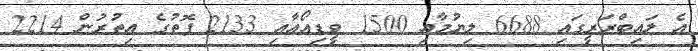
އެ ލައިބްރަރީގައި 6688 ލިޔުމާއި 1500 ވީޑިއޯއާއި 2133 ފޮތުގެ އިތުރުން 2214